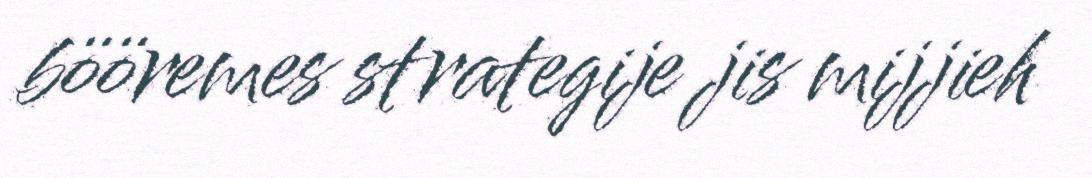
bööremes strategije jis mijjieh